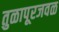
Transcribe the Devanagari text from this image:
तुळापूरजवळ